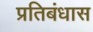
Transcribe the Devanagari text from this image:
प्रतिबंधास